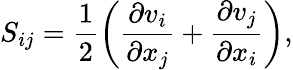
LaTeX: S_{ij}=\frac{1}{2}\bigg(\frac{\partial v_{i}}{\partial x_{j}}+\frac{\partial v_{j}}{\partial x_{i}}\bigg),